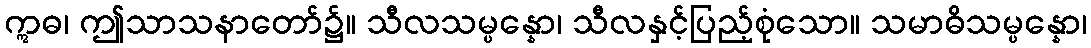
ဣဓ၊ ဤသာသနာတော်၌။ သီလသမ္ပန္နော၊ သီလနှင့်ပြည့်စုံသော။ သမာဓိသမ္ပန္နော၊